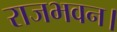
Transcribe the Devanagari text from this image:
राजभवन।